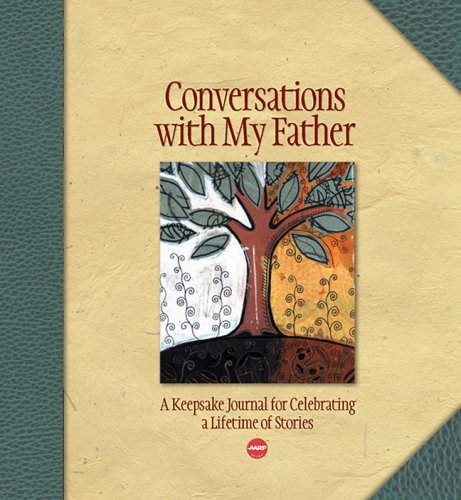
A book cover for Conversations with My Father: A Keepsake Journal for Celebrating a Lifetime of Stories (AARPÂ®); Lark; Parenting & Relationships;